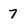
Character: 7